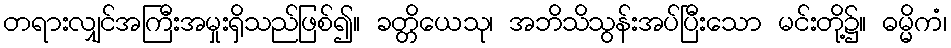
တရားလျှင်အကြီးအမှုးရှိသည်ဖြစ်၍။ ခတ္တိယေသု၊ အဘိသိသွန်းအပ်ပြီးသော မင်းတို့၌။ ဓမ္မိကံ၊